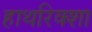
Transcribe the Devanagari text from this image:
हाथरिक्शा